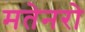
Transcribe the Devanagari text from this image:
मतेनरो